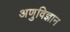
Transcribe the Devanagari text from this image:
अणुविज्ञान